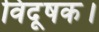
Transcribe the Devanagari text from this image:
विदूषक।